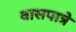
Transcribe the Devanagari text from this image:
वासपात्रे